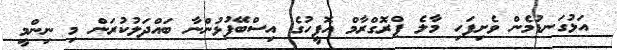
އަޅުގަނޑުމެން ވެށިފަހި މާލެ ޕްރޮގްރާމް އޮފީހުގެ އިސްބޭފުޅުންނާ ބައްދަލުކުރަން މި ނިންމީ